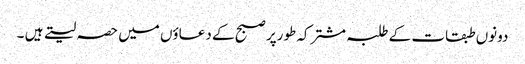
دونوں طبقات کے طلبہ مشترکہ طورپر صبح کے دعاؤں میں حصہ لیتے ہیں ۔